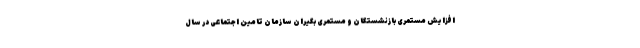
افزایش مستمری بازنشستگان و مستمری بگیران سازمان تامین اجتماعی در سال